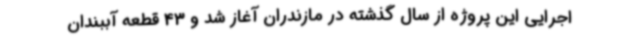
اجرایی این پروژه از سال گذشته در مازندران آغاز شد و 43 قطعه آببندان